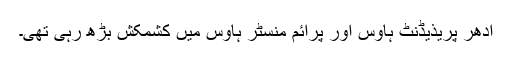
ادھر پریذیڈنٹ ہاؤس اور پرائم منسٹر ہاؤس میں کشمکش بڑھ رہی تھی۔